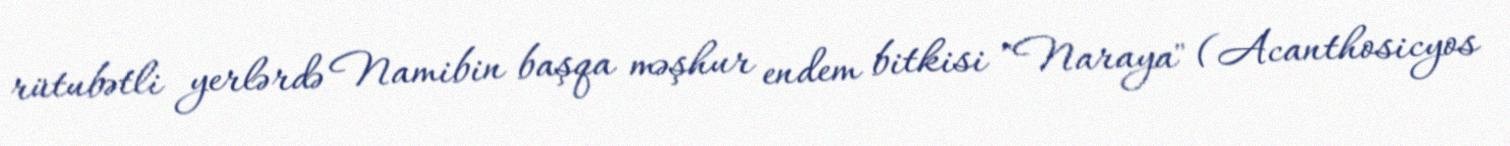
rütubətli yerlərdə Namibin başqa məşhur endem bitkisi "Naraya" (Acanthosicyos